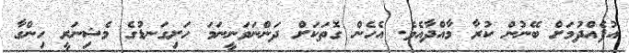
އުފެއްދުމަށް ބޭނުން ކުރާ މާއްދާއެވެ. އެހެން ގޮތަކަށް ދަންނަވަނީނަމަ ހަށިގަނޑުގެ މެޝިނަރީ ހިންގާ